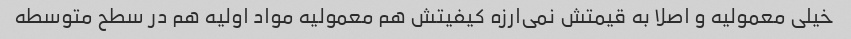
خیلی معمولیه و اصلا به قیمتش نمی‌ارزه کیفیتش هم معمولیه مواد اولیه هم در سطح متوسطه